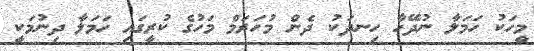
މީހަކު ހަމަލާ ނުދޭހާ ހިނދަކު ދެން މުހަރަމް މަހުގެ ކުރީގައި ހަމަލާ ދިނުމަކީ